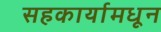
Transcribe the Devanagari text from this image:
सहकार्यामधून